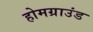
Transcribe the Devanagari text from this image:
होमग्राउंड